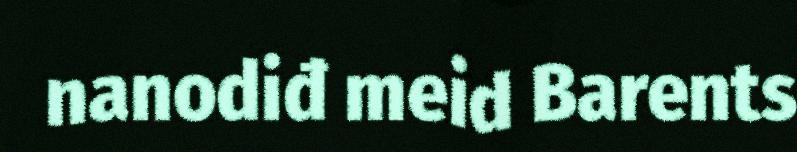
nanodiđ meid Barents